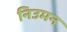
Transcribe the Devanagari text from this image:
निउमन